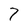
Character: 7